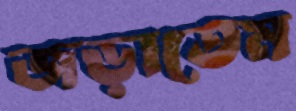
জড়াতেম